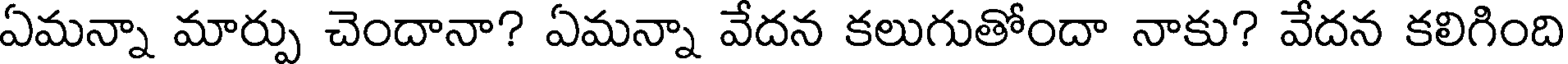
ఏమన్నా మార్పు చెందానా? ఏమన్నా వేదన కలుగుతోందా నాకు? వేదన కలిగింది